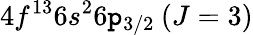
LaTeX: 4f^{13}6s^{2}6\mathtt{p}_{3/2}\: (J=3)